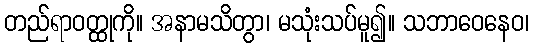
တည်ရာဝတ္ထုကို။ အနာမသိတွာ၊ မသုံးသပ်မူ၍။ သဘာဝေနေဝ၊